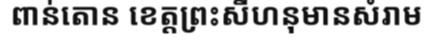
ពាន់តោន ខេត្តព្រះសីហនុមានសំរាម